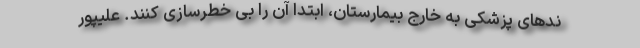
ند‌های پزشکی به خارج بیمارستان، ابتدا آن را بی خطرسازی کنند. علیپور